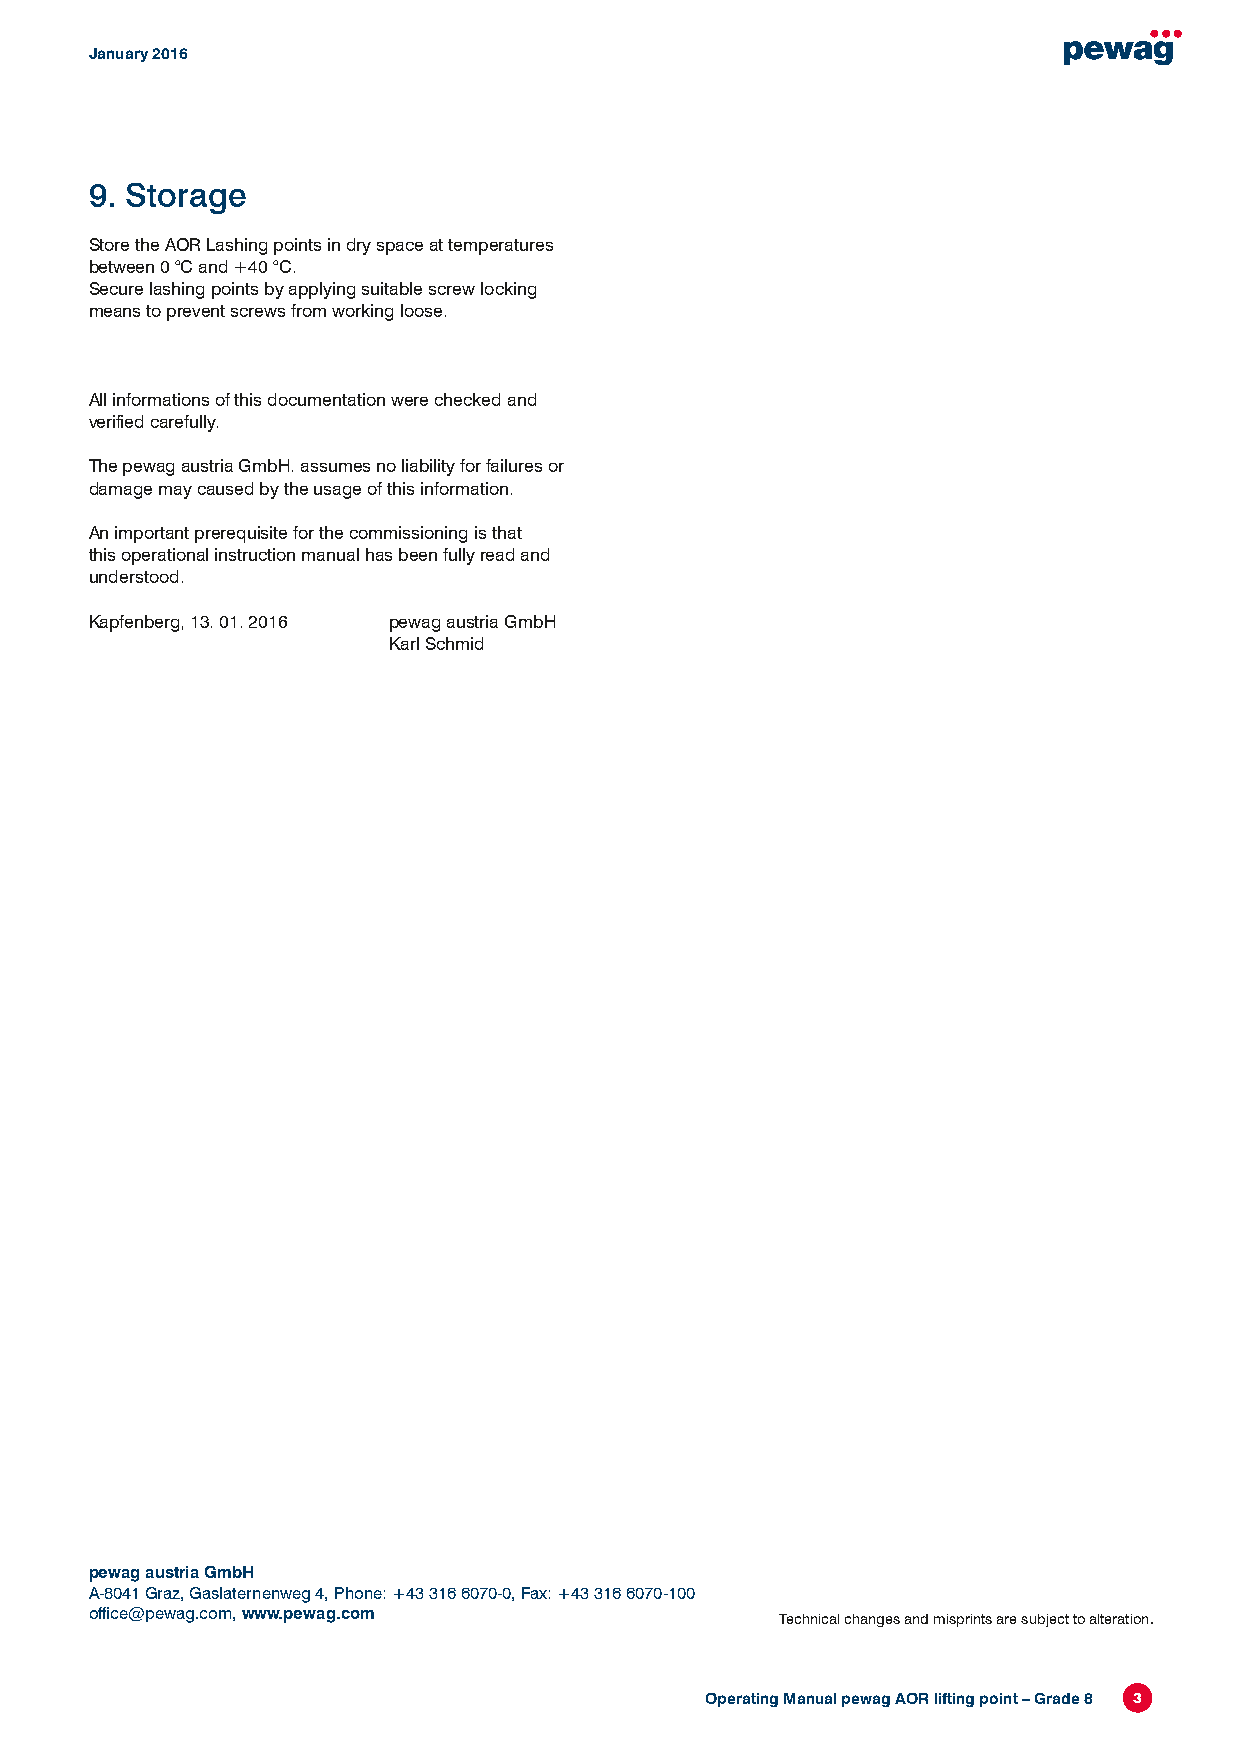
January 2016
 9. Storage
 Store the AOR Lashing points in dry space at temperatures
 between 0 °C and +40 °C.
 Secure lashing points by applying suitable screw locking
 means to prevent screws from working loose.
 All informations of this documentation were checked and
 verified carefully.
 The pewag austria GmbH. assumes no liability for failures or
 damage may caused by the usage of this information.
 An important prerequisite for the commissioning is that
 this operational instruction manual has been fully read and
 understood.
 Kapfenberg, 13. 01. 2016 pewag austria GmbH
 Karl Schmid
 pewag austria GmbH
 A-8041 Graz, Gaslaternenweg 4, Phone: +43 316 6070-0, Fax: +43 316 6070-100
 office@pewag.com, www.pewag.com
 Technical changes and misprints are subject to alteration.
 Operating Manual pewag AOR lifting point – Grade 8 3